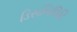
ડિસબિલિટિ